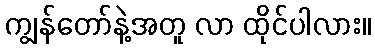
ကျွန်တော်နဲ့အတူ လာ ထိုင်ပါလား။